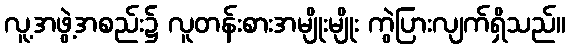
လူ့အဖွဲ့အစည်း၌ လူတန်းစားအမျိုးမျိုး ကွဲပြားလျက်ရှိသည်။